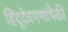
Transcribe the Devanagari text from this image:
हिंदूदेवगणांपैकी